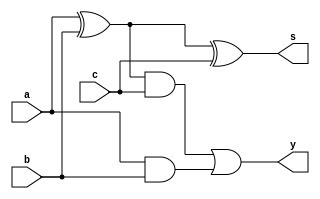
module fag (a,b,c,s,y);
input a,b,c;
output s,y;
wire w1,w2,w3;
xor x1(w1,a,b);
xor x2(s,w1,c);
and a1(w2,w1,c);
and a2(w3,a,b);
or r1(y,w2,w3);
endmodule